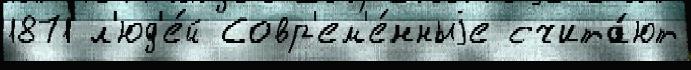
1871 л'юд'е́й Совр'ем'е́нныjе счита́ют